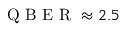
\mathrm { ~ Q ~ B ~ E ~ R ~ } \approx 2 . 5 \